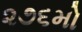
૨૭૬મો